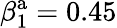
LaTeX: \beta_{1}^{\mathrm{a}}=0.45